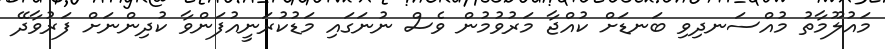
މައުލޫމާތު މުއްސަނދިވި ބަނޑަށް ކުއްޖާ މަރުވުމުން ވެސް ނުނަގައި މަޑުކުރަނީއުފަންވާ ކުދިންނަށް ފަރުވާދޭ